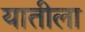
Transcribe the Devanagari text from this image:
यातीला